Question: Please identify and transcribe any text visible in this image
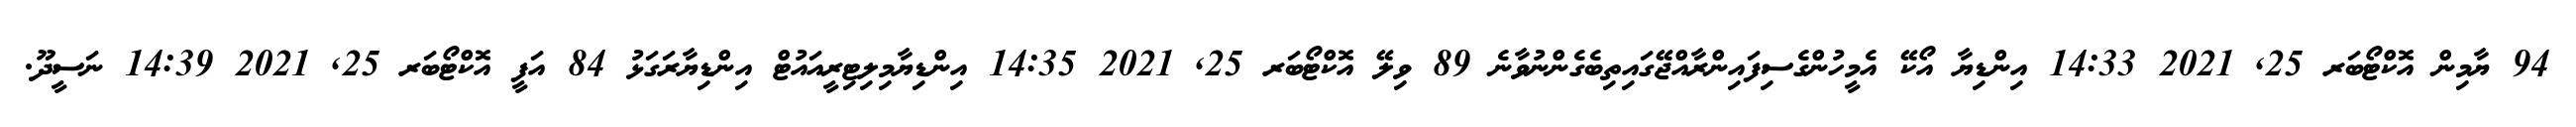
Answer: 94 ޔާމިން އޮކްޓޯބަރ 25, 2021 14:33 އިންޑިޔާ އޯކޭ އެމީހުންގެސިފައިންރާއްޖޭގައިތިބެގެންނުވާނެ 89 ވިލޭ އޮކްޓޯބަރ 25, 2021 14:35 އިންޑިޔާމިލިޓިރީއައުޓް އިންޑިޔާރަގަޅު 84 އަފީ އޮކްޓޯބަރ 25, 2021 14:39 ނަސީދޫ.